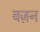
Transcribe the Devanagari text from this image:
बज़न